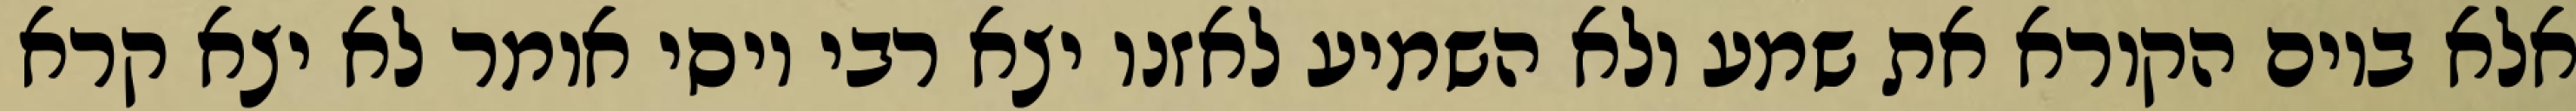
אלא ביום הקורא את שמע ולא השמיע לאזנו יצא רבי יוסי אומר לא יצא קרא